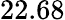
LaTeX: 22.68